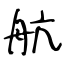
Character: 航